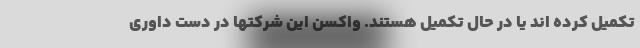
تکمیل کرده اند یا در حال تکمیل هستند. واکسن این شرکتها در دست داوری